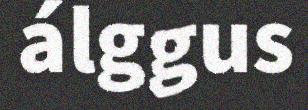
álggus